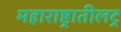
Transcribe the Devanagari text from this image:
महाराष्ट्रातीलट्र